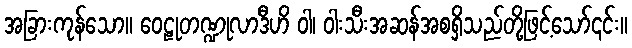
အခြားကုန်သော။ ဝေဠုတဏ္ဍုလာဒီဟိ ဝါ၊ ဝါးသီးအဆန်အစရှိသည်တို့ဖြင့်သော်၎င်း။